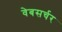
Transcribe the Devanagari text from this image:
वेबसर्चर